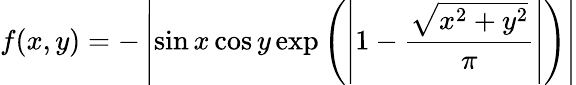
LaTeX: f(x,y)=-\left|\sin x\cos y\exp\left(\left|1-{\frac{\sqrt{x^{2}+y^{2}}}{\pi}}\right|\right)\right|